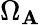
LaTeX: \Omega_{\mathbf{A}}